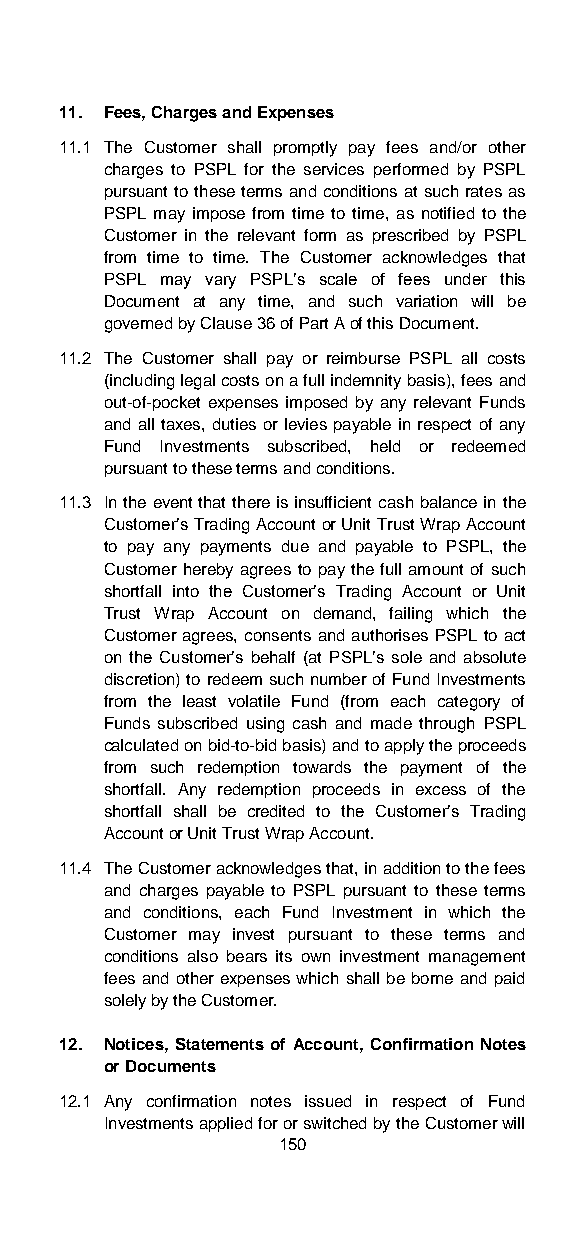
11. Fees, Charges and Expenses
 11.1 The Customer shall promptly pay fees and/or other
 charges to PSPL for the services performed by PSPL
 pursuant to these terms and conditions at such rates as
 PSPL may impose from time to time, as notified to the
 Customer in the relevant form as prescribed by PSPL
 from time to time. The Customer acknowledges that
 PSPL may vary PSPL’s scale of fees under this
 Document at any time, and such variation will be
 governed by Clause 36 of Part A of this Document.
 11.2 The Customer shall pay or reimburse PSPL all costs
 (including legal costs on a full indemnity basis), fees and
 out-of-pocket expenses imposed by any relevant Funds
 and all taxes, duties or levies payable in respect of any
 Fund Investments subscribed, held or redeemed
 pursuant to these terms and conditions.
 11.3 In the event that there is insufficient cash balance in the
 Customer’s Trading Account or Unit Trust Wrap Account
 to pay any payments due and payable to PSPL, the
 Customer hereby agrees to pay the full amount of such
 shortfall into the Customer’s Trading Account or Unit
 Trust Wrap Account on demand, failing which the
 Customer agrees, consents and authorises PSPL to act
 on the Customer’s behalf (at PSPL’s sole and absolute
 discretion) to redeem such number of Fund Investments
 from the least volatile Fund (from each category of
 Funds subscribed using cash and made through PSPL
 calculated on bid-to-bid basis) and to apply the proceeds
 from such redemption towards the payment of the
 shortfall. Any redemption proceeds in excess of the
 shortfall shall be credited to the Customer’s Trading
 Account or Unit Trust Wrap Account.
 11.4 The Customer acknowledges that, in addition to the fees
 and charges payable to PSPL pursuant to these terms
 and conditions, each Fund Investment in which the
 Customer may invest pursuant to these terms and
 conditions also bears its own investment management
 fees and other expenses which shall be borne and paid
 solely by the Customer.
 12. Notices, Statements of Account, Confirmation Notes
 or Documents
 12.1 Any confirmation notes issued in respect of Fund
 Investments applied for or switched by the Customer will
 150